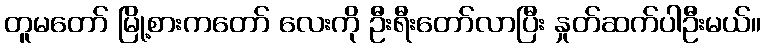
တူမတော် မြို့စားကတော် လေးကို ဦးရီးတော်လာပြီး နှုတ်ဆက်ပါဦးမယ်။